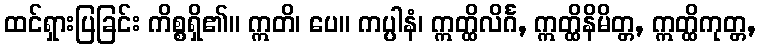
ထင်ရှားပြခြင်း ကိစ္စရှိ၏။ ဣတိ၊ ပေ။ ကပ္ပါနံ၊ ဣတ္ထိလိင်္ဂ, ဣတ္ထိနိမိတ္တ, ဣတ္ထိကုတ္တ,